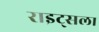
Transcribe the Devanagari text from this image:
राइट्सला